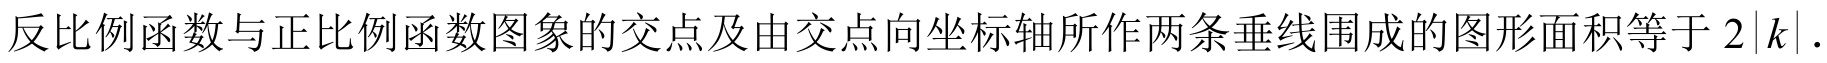
反比例函数与正比例函数图象的交点及由交点向坐标轴所作两条垂线围成的图形面积等于 \(2|k|\) .